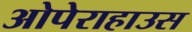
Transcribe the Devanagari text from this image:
ओपेराहाउस